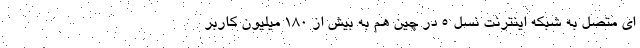
ای متصل به شبکه اینترنت نسل ۵ در چین هم به بیش از ۱۸۰ میلیون کاربر